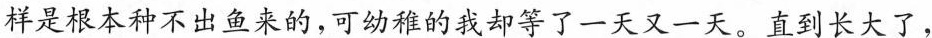
样是根本种不出鱼来的，可幼稚的我却等了一天又一天。 直到长大了，